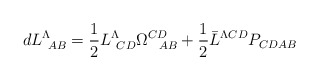
\begin{align*}dL^{\Lambda}_{\ AB} ={1 \over 2} L^{\Lambda}_{\ CD} \Omega^{CD}_{\ \ AB}+{1 \over 2}\bar L^{\Lambda CD} P_{CD AB}\end{align*}